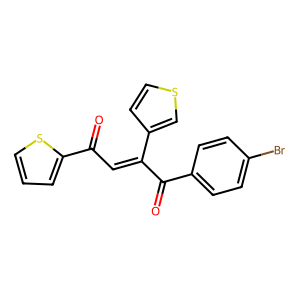
SMILES: O=C(C(=CC(=O)c1cccs1)c1ccsc1)c1ccc(Br)cc1
Inhibits HIV replication: No